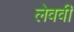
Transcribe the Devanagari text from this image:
लेववी